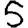
Digit: 5